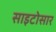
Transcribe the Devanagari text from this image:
साइटोसार